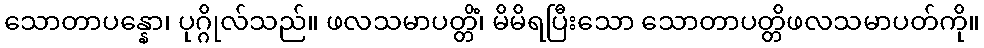
သောတာပန္နော၊ ပုဂ္ဂိုလ်သည်။ ဖလသမာပတ္တိံ၊ မိမိရပြီးသော သောတာပတ္တိဖလသမာပတ်ကို။